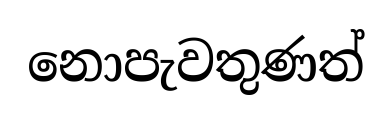
නොපැවතුණත්